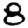
Digit: 8